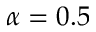
\alpha = 0 . 5